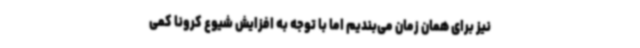
نیز برای همان زمان می‌بندیم اما با توجه به افزایش شیوع کرونا کمی